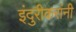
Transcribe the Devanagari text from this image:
इंदुरीकरांनी